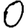
Digit: 0